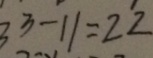
3 3 - 1 1 = 2 2